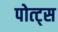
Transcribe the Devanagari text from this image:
पोत्ट्स